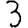
Digit: 3